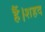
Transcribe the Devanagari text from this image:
हैं।शहद